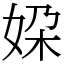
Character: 㛆